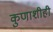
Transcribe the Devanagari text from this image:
कुणाशीही